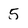
Character: 5